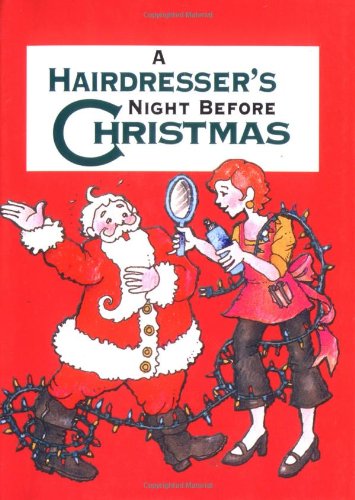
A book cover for Hairdresser's Night Before Christmas, A (Night Before Christmas (Gibbs)); Sue Carabine; Christian Books & Bibles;